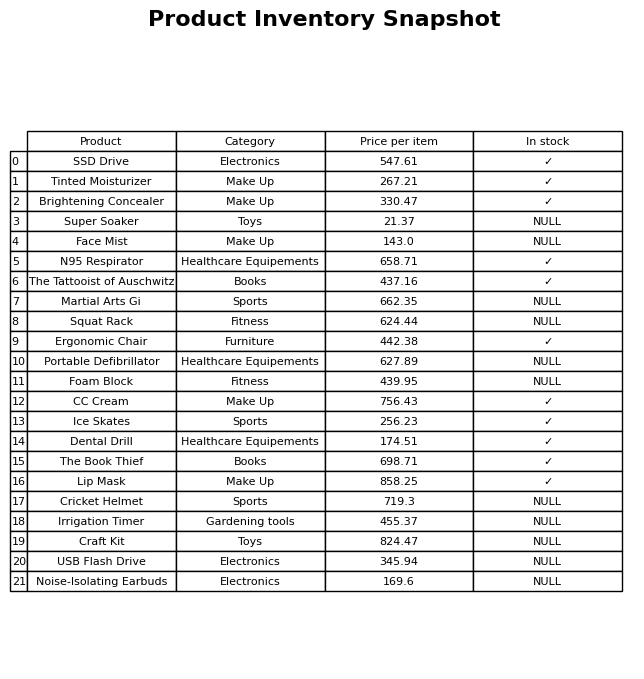
question: Which products are available in stock?
answer: SSD Drive, Tinted Moisturizer, Brightening Concealer, N95 Respirator, The Tattooist of Auschwitz, Ergonomic Chair, CC Cream, Ice Skates, Dental Drill, The Book Thief, Lip Mask